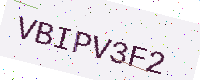
Text: VBIPV3F2